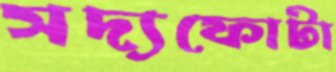
সদ্যফোটা